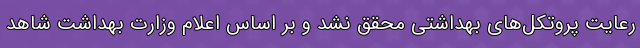
رعایت پروتکل‌های بهداشتی محقق نشد و بر اساس اعلام وزارت بهداشت شاهد